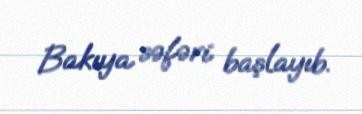
Bakıya səfəri başlayıb.